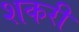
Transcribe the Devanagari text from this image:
शकरी